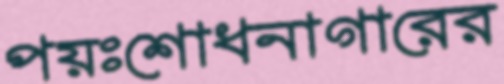
পয়ঃশোধনাগারের